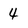
Character: 4